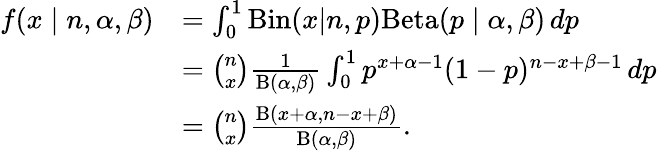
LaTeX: {\begin{array}{rl}{f(x\mid n,\alpha,\beta)}&{=\int_{0}^{1}\mathrm{Bin}(x|n,p)\mathrm{Beta}(p\mid\alpha,\beta)\, dp}\\ &{={\binom{n}{x}}{\frac{1}{\mathrm{B}(\alpha,\beta)}}\int_{0}^{1}p^{x+\alpha-1}(1-p)^{n-x+\beta-1}\, dp}\\ &{={\binom{n}{x}}{\frac{\mathrm{B}(x+\alpha,n-x+\beta)}{\mathrm{B}(\alpha,\beta)}}.}\end{array}}